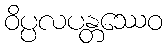
ဝိပ္ပလပန္တဿေဝ